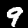
Label: 9